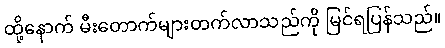
ထို့နောက် မီးတောက်များတက်လာသည်ကို မြင်ရပြန်သည်။